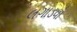
લગાડવો